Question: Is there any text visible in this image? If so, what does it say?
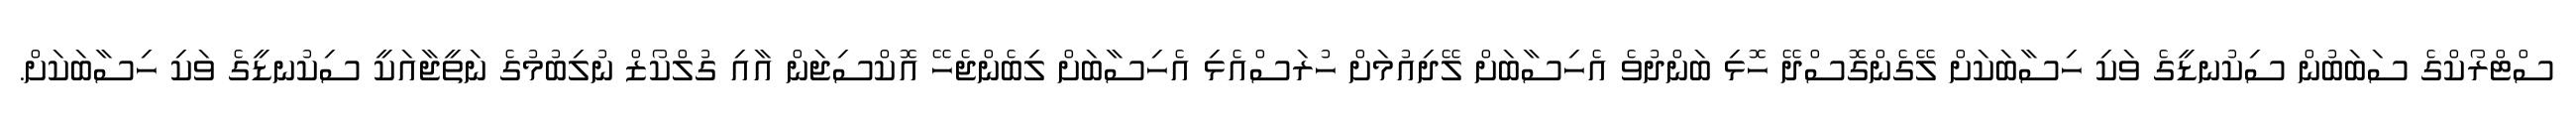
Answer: ސްޓްރޯކްގެ ސަބަބުން ސިކުނޑީގެ ވަކި ހިސާބަކަށް ލޭގެންގޮސްދޭ ހޮޅި ބަންދުވެ އެހިސާބަށް ލޭދިއުމަށް ހުރަސްއެޅި އެހިސާބަށް ލިބެންޖެހޭ އޮކްސިޖަން އާއި ގުލްކޯޒް ނުލިބުމުގެ ނަތީޖާއަކީ ސިކުނޑީގެ ވަކި ހިސާބަކަށް.